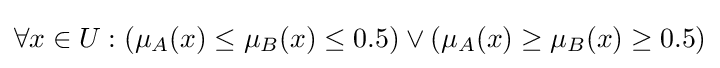
\forall x\in U:(\mu _{A}(x)\leq \mu _{B}(x)\leq 0.5)\lor (\mu _{A}(x)\geq \mu _{B}(x)\geq 0.5)